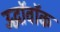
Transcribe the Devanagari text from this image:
उद्धॉवॉक